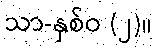
သာ-နှစ်ဝ (၂)။